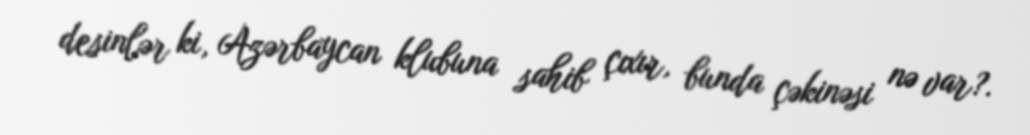
desinlər ki, Azərbaycan klubuna sahib çıxır, bunda çəkinəsi nə var?.